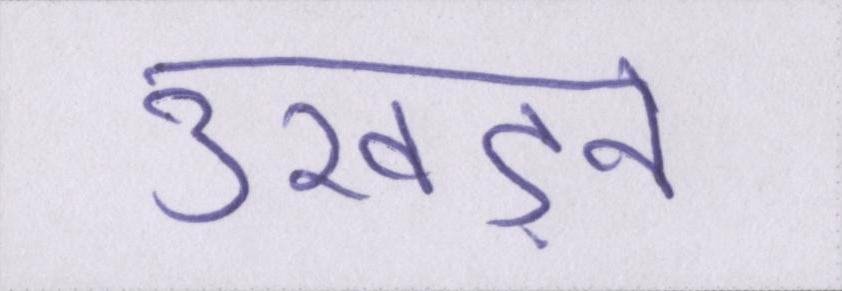
उखड़ने